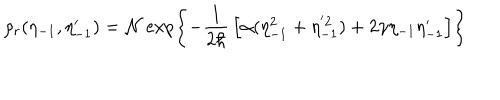
\rho _ { r } ( \eta _ { - 1 } , \eta _ { - 1 } ^ { \prime } ) = { \cal N } \exp \left\{ - { \frac { 1 } { 2 \hbar } } \left[ \alpha ( \eta _ { - 1 } ^ { 2 } + \eta _ { - 1 } ^ { ' 2 } ) + 2 \gamma \eta _ { - 1 } \eta _ { - 1 } ^ { \prime } \right] \right\}